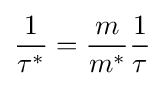
{\frac {1}{\tau ^{*}}}={\frac {m}{m^{*}}}{\frac {1}{\tau }}